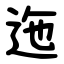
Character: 迤